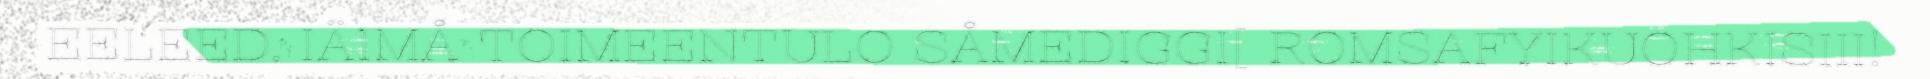
EELEED, IÄ1MÅ TOIMEENTULO SÅMEDIGGI[ ROMSAFYIKUOHKISIII!